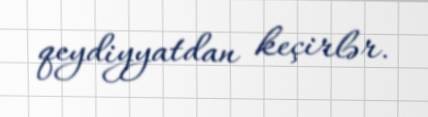
qeydiyyatdan keçirlər.